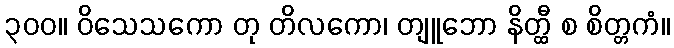
၃၀၀။ ဝိသေသကော တု တိလကော၊ တျူဘော နိတ္ထီ စ စိတ္တကံ။